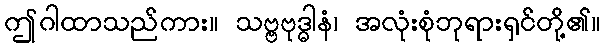
ဤဂါထာသည်ကား။ သဗ္ဗဗုဒ္ဓါနံ၊ အလုံးစုံဘုရားရှင်တို့၏။